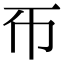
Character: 𢁓